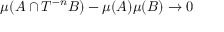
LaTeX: \mu ( A \cap T ^ { - n } B ) - \mu ( A ) \mu ( B ) \to 0